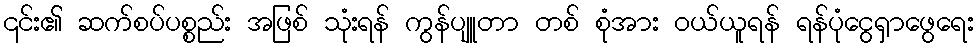
၎င်း၏ ဆက်စပ်ပစ္စည်း အဖြစ် သုံးရန် ကွန်ပျူတာ တစ် စုံအား ဝယ်ယူရန် ရန်ပုံငွေရှာဖွေရေး